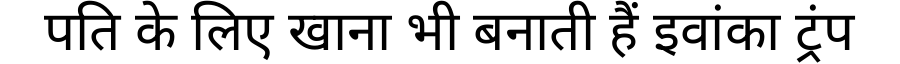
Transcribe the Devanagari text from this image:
पति के लिए खाना भी बनाती हैं इवांका ट्रंप